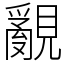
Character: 覶